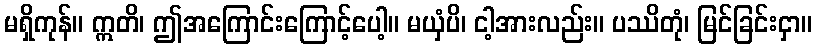
မရှိကုန်။ ဣတိ၊ ဤအကြောင်းကြောင့်ပေါ့။ မယှံပိ၊ ငါ့အားလည်း။ ပဿိတုံ၊ မြင်ခြင်းငှာ။